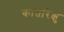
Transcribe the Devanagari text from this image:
कांतारेक्षु